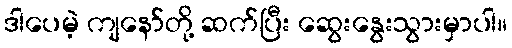
ဒါပေမဲ့ ကျနော်တို့ ဆက်ပြီး ဆွေးနွေးသွားမှာပါ။